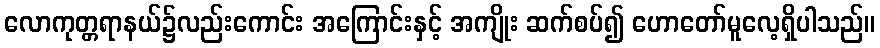
လောကုတ္တရာနယ်၌လည်းကောင်း အကြောင်းနှင့် အကျိုး ဆက်စပ်၍ ဟောတော်မူလေ့ရှိပါသည်။